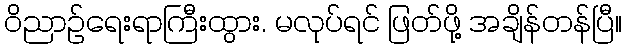
ဝိညာဉ်ရေးရာကြီးထွား. မလုပ်ရင် ဖြတ်ဖို့ အချိန်တန်ပြီ။